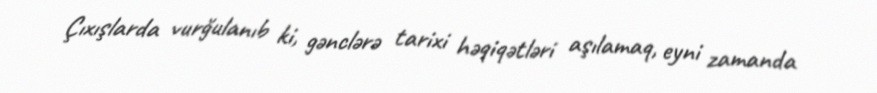
Çıxışlarda vurğulanıb ki, gənclərə tarixi həqiqətləri aşılamaq, eyni zamanda